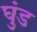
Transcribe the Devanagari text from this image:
घुंड